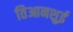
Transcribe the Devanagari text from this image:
तिआनशुई